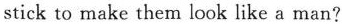
stick to make them look like a man?